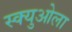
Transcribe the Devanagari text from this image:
स्क्युओला